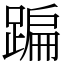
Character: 蹁